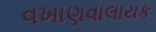
વખાણવાલાયક